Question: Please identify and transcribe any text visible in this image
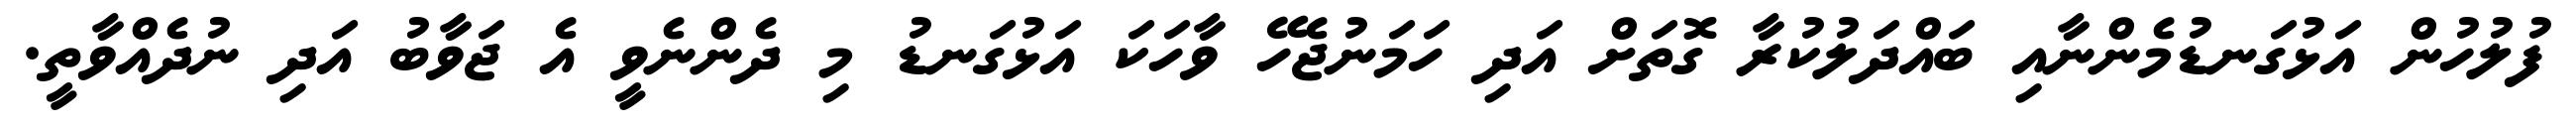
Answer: ފުލުހުން އަޅުގަނޑުމެންނާއި ބައްދަލުކުރާ ގޮތަށް އަދި ހަމަނުޖެހޭ ވާހަކަ އަޅުގަނޑު މި ދެންނެވީ އެ ޖަވާބު އަދި ނުދެއްވާތީ.